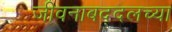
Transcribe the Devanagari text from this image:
जीवनाबद्दलच्या